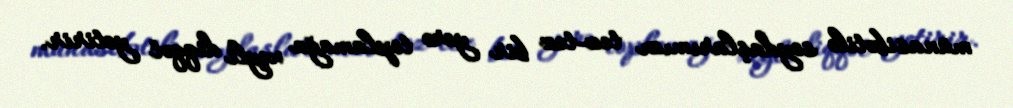
münasibətilə soydaşlarımızı tez-tez bir yerə toplamağa xeyli diqqət yetirir.